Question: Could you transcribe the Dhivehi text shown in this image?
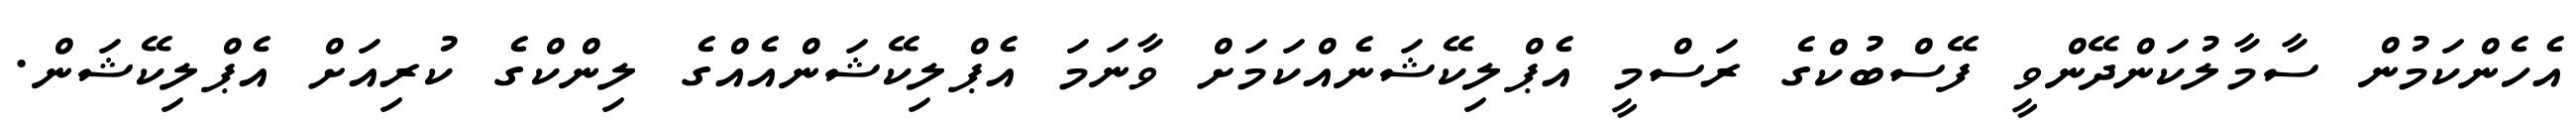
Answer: އެހެންކަމުން ސާމާލުކަންދޭންވީ ފޭސްބުކްގެ ރަސްމީ އެޕްލިކޭޝަނެއްކަމަށް ވާނަމަ އެޕްލިކޭޝަންއެއްގެ ލިންކްގެ ކުރިއަށް އެޕްލިކޭޝަން.